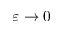
\varepsilon \rightarrow 0